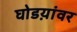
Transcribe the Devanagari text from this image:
घोडय़ांवर